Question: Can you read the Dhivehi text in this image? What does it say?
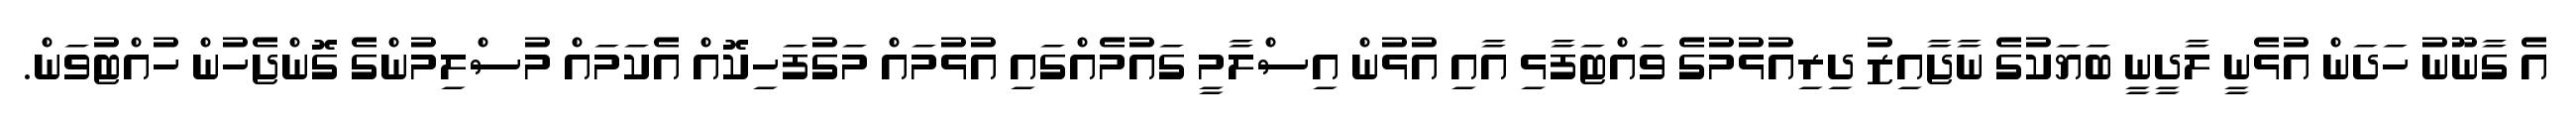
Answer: އެ ގާނޫނު ހަދަން އުޅެނީ ލާދީނީ ބަޔަކުގެ ނާޖާއިޒު ދިރިއުޅުމުގެ ވައްޓަފާޅި އާއި އުޅުން އިސްލާމީ ގައުމެއްގައި އުޅުމައް މަގުފަހިކޮއް އެކަމައް މުސްލިމުންގެ ގޮންޖެހުން ހުއްޓުވަން.